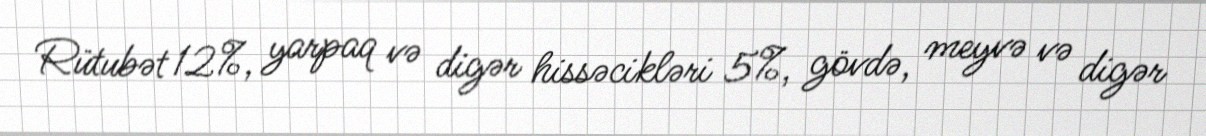
Rütubət 12%, yarpaq və digər hissəcikləri 5%, gövdə, meyvə və digər